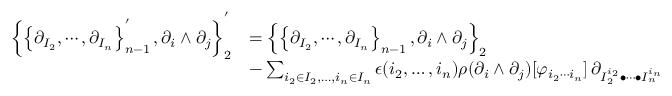
\begin{array} { r l } { \left\lbrace \left\lbrace \partial _ { I _ { 2 } } , \cdots , \partial _ { I _ { n } } \right\rbrace _ { n - 1 } ^ { ' } , \partial _ { i } \wedge \partial _ { j } \right\rbrace _ { 2 } ^ { ' } } & { = \left\lbrace \left\lbrace \partial _ { I _ { 2 } } , \cdots , \partial _ { I _ { n } } \right\rbrace _ { n - 1 } , \partial _ { i } \wedge \partial _ { j } \right\rbrace _ { 2 } } \\ & { - \sum _ { i _ { 2 } \in I _ { 2 } , \ldots , i _ { n } \in I _ { n } } \epsilon ( i _ { 2 } , \ldots , i _ { n } ) \rho ( \partial _ { i } \wedge \partial _ { j } ) [ \varphi _ { i _ { 2 } \cdots i _ { n } } ] \, \partial _ { I _ { 2 } ^ { i _ { 2 } } \bullet \cdots \bullet I _ { n } ^ { i _ { n } } } } \end{array}